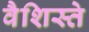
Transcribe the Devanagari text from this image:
वैशिस्ते